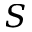
S